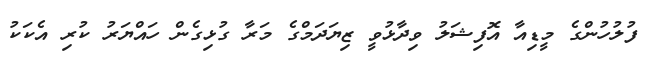
ފުލުހުންގެ މީޑިއާ އޮފިޝަލު ވިދާޅުވީ ޒިޔަދަމްގެ މަރާ ގުޅިގެން ހައްޔަރު ކުރި އެކަކު